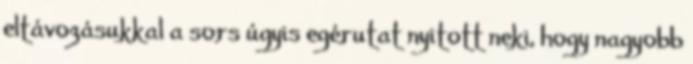
eltávozásukkal a sors úgyis egérutat nyitott neki, hogy nagyobb